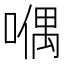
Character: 𠽀